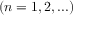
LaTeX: ( n = 1 , 2 , . . . )